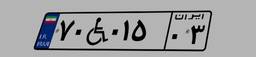
۱۱W۱۰۷۱۲